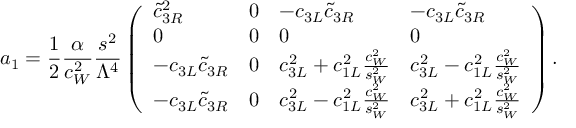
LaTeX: a _ { 1 } = { \frac { 1 } { 2 } } { \frac { \alpha } { c _ { W } ^ { 2 } } } { \frac { s ^ { 2 } } { \Lambda ^ { 4 } } } \left( \begin{array} { l l l l } { { \tilde { c } _ { 3 R } ^ { 2 } } } & { { 0 } } & { { - c _ { 3 L } \tilde { c } _ { 3 R } } } & { { - c _ { 3 L } \tilde { c } _ { 3 R } } } \\ { { 0 } } & { { 0 } } & { { 0 } } & { { 0 } } \\ { { - c _ { 3 L } \tilde { c } _ { 3 R } } } & { { 0 } } & { { c _ { 3 L } ^ { 2 } + c _ { 1 L } ^ { 2 } { \frac { c _ { W } ^ { 2 } } { s _ { W } ^ { 2 } } } } } & { { c _ { 3 L } ^ { 2 } - c _ { 1 L } ^ { 2 } { \frac { c _ { W } ^ { 2 } } { s _ { W } ^ { 2 } } } } } \\ { { - c _ { 3 L } \tilde { c } _ { 3 R } } } & { { 0 } } & { { c _ { 3 L } ^ { 2 } - c _ { 1 L } ^ { 2 } { \frac { c _ { W } ^ { 2 } } { s _ { W } ^ { 2 } } } } } & { { c _ { 3 L } ^ { 2 } + c _ { 1 L } ^ { 2 } { \frac { c _ { W } ^ { 2 } } { s _ { W } ^ { 2 } } } } } \end{array} \right) .